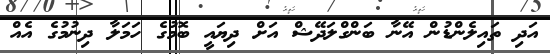
އަދި ތައިލެންޑުން އޭނާ ބަންގްލަދޭޝް އަށް ދިޔައީ ބޮމުގެ ހަމަލާ ދިނުމުގެ އެއް